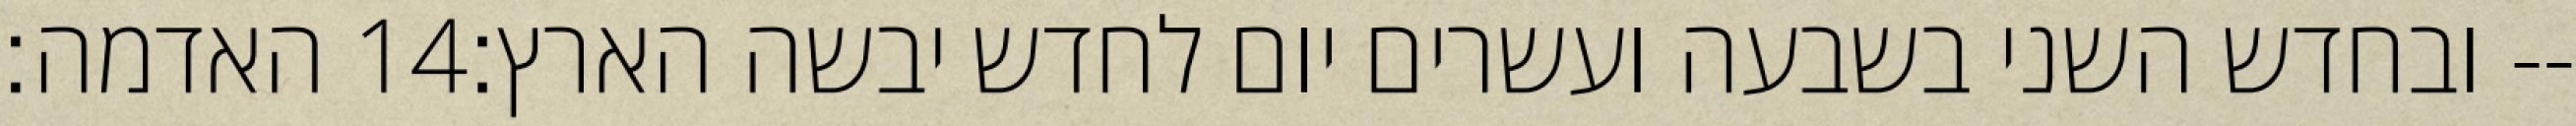
האדמה׃ ‎14‏ ובחדש השני בשבעה ועשרים יום לחדש יבשה הארץ׃--